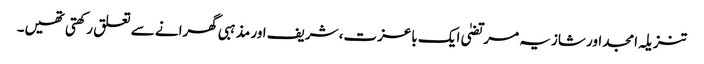
تنزیلہ امجد اور شازیہ مرتضیٰ ایک باعزت، شریف اور مذہبی گھرانے سے تعلق رکھتی تھیں۔